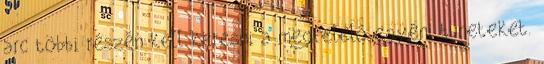
arc többi részén kell keresni a megfelelő egyéni tüneteket.